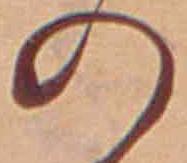
の